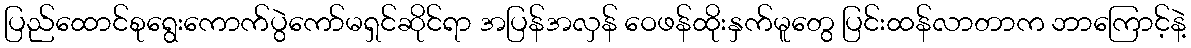
ပြည်ထောင်စုရွေးကောက်ပွဲကော်မရှင်ဆိုင်ရာ အပြန်အလှန် ဝေဖန်ထိုးနှက်မူတွေ ပြင်းထန်လာတာက ဘာကြောင့်နဲ့